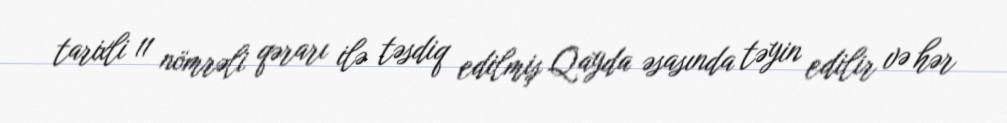
tarixli 11 nömrəli qərarı ilə təsdiq edilmiş Qayda əsasında təyin edilir və hər